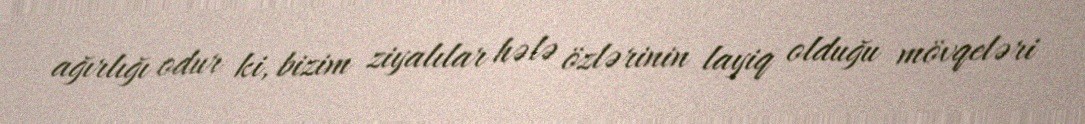
ağırlığı odur ki, bizim ziyalılar hələ özlərinin layiq olduğu mövqeləri